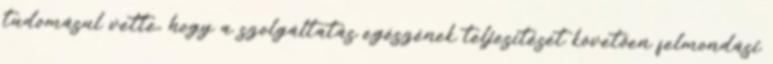
tudomásul vette, hogy a szolgáltatás egészének teljesítését követően felmondási